Annual administration report of the Civil Veterinary Department of India - 1896-1897
Year: 1896
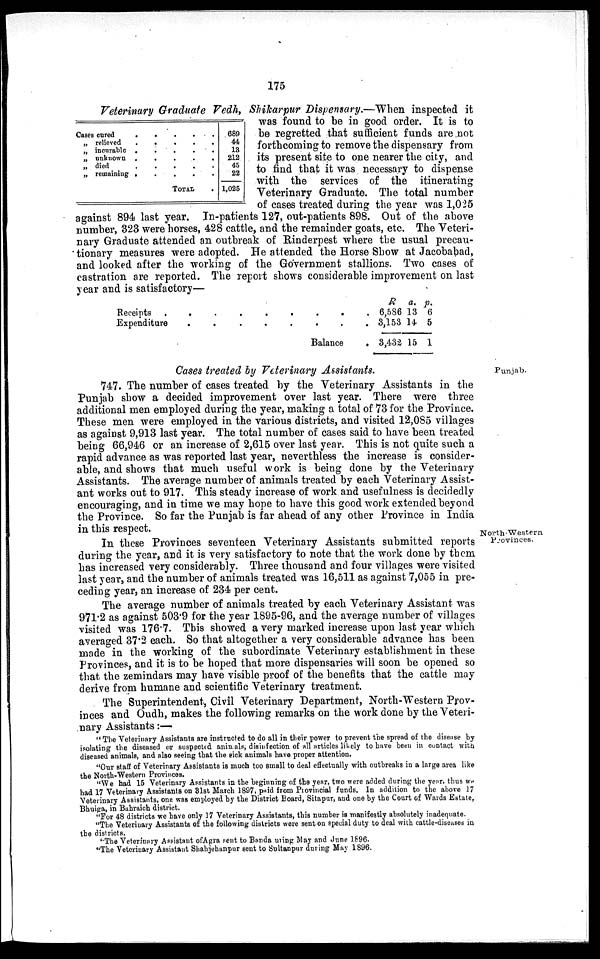
175
Veterinary Graduate Vedh, Shikarpur Dispensary.—When inspected it
was found to be in good order. It is to
be regretted that sufficient funds are not
forthcoming to remove the dispensary from
its present site to one nearer the city, and
to find that it was necessary to dispense
with the services of the itinerating
Veterinary Graduate. The total number
of cases treated during the year was 1,025
against 894 last year. In-patients 127, out-patients 898. Out of the above
number, 323 were horses, 428 cattle, and the remainder goats, etc. The Veteri-
nary Graduate attended an outbreak of Rinderpest where the usual precau-
tionary measures were adopted. He attended the Horse Show at Jacobabad.
and looked after the working of the Government stallions. Two cases of
castration are reported. The report shows considerable improvement on last
year and is satisfactory—
Cases cured . . . . .
„ relieved . . . . .
„ incurable
.
.
.
.
.
„ unknown
.
.
.
.
.
„ died
.
.
.
.
.
.
„ remaining . . . . .
TOTAL .
689
44
13
212
45
22
1,025
Receipts
.
.
.
.
.
.
.
.
.
.
Expenditure . . . . . . . .
Balance .
R
6,586
3,153
3,432
a.
13
14
15
p.
6
5
1
Cases treated by Veterinary Assistants.
Punjab.
747. The number of cases treated by the Veterinary Assistants in the
Punjab show a decided improvement over last year. There were three
additional men employed during the year, making a total of 73 for the Province.
These men were employed in the various districts, and visited 12,085 villages
as against 9,913 last year. The total number of cases said to have been treated
being 66,946 or an increase of 2,615 over last year. This is not quite such a
rapid advance as was reported last year, neverthless the increase is consider-
able, and shows that much useful work is being done by the Veterinary
Assistants. The average number of animals treated by each Veterinary Assist-
ant works out to 917. This steady increase of work and usefulness is decidedly
encouraging, and in time we may hope to have this good work extended beyond
the Province. So far the Punjab is far ahead of any other Province in India
in this respect.
North-Western
Provinces.
In these Provinces seventeen Veterinary Assistants submitted reports
during the year, and it is very satisfactory to note that the work done by them
has increased very considerably. Three thousand and four villages were visited
last year, and the number of animals treated was 16,511 as against 7,055 in pre-
ceding year, an increase of 234 per cent.
The average number of animals treated by each Veterinary Assistant was
971.2 as against 503.9 for the year 1895-96, and the average number of villages
visited was 176.7. This showed a very marked increase upon last year which
averaged 37.2 each. So that altogether a very considerable advance has been
made in the working of the subordinate Veterinary establishment in these
Provinces, and it is to be hoped that more dispensaries will soon be opened so
that the zemindars may have visible proof of the benefits that the cattle may
derive from humane and scientific Veterinary treatment.
The Superintendent, Civil Veterinary Department, North-Western Prov-
inces and Oudh, makes the following remarks on the work done by the Veteri-
nary Assistants:—
" The Veterinary Assistants are instructed to do all in their power to prevent the spread of the disease by
isolating the diseased or suspected animals, disinfection of all articles likely to have been in contact with
diseased animals, and also seeing that the sick animals have proper attention.
"Our staff of Veterinary Assistants is much too small to deal effectually with outbreaks in a large area like
the North-Western Provinces.
"We had 15 Veterinary Assistants in the beginning of the year, two were added during the year, thus we
had 17 Veterinary Assistants on 31st March 1897, paid from Provincial funds. In addition to the above 17
Veterinary Assistants, one was employed by the District Board, Sitapur, and one by the Court of Wards Estate,
Bhuiga, in Bahraich district.
"For 48 districts we have only 17 Veterinary Assistants, this number is manifestly absolutely inadequate.
"The Veterinary Assistants of the following districts were sent on special duty to deal with cattle-diseases in
the districts.
"The Veterinary Assistant of Agra sent to Banda using May and June 1896.
"The Veterinary Assistant Shahjehanpur sent to Sultanpur during May 1896.